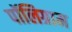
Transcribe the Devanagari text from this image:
पॉलिग्राम